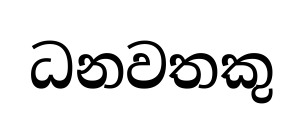
ධනවතකු